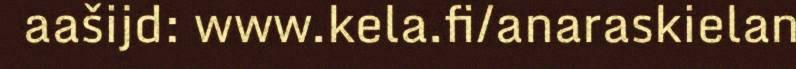
aašijd: www.kela.fi/anaraskielan